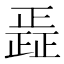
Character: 𮲿